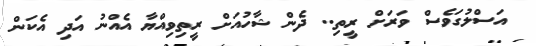
އަސްލުގަވެސް ވަރަށް ރީތި.. ދެން ޝާހުއަށް ރީތިވިއްޔާ އެއްނު އަދި އެކަން